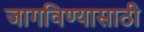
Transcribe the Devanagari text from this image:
जागविण्यासाठी